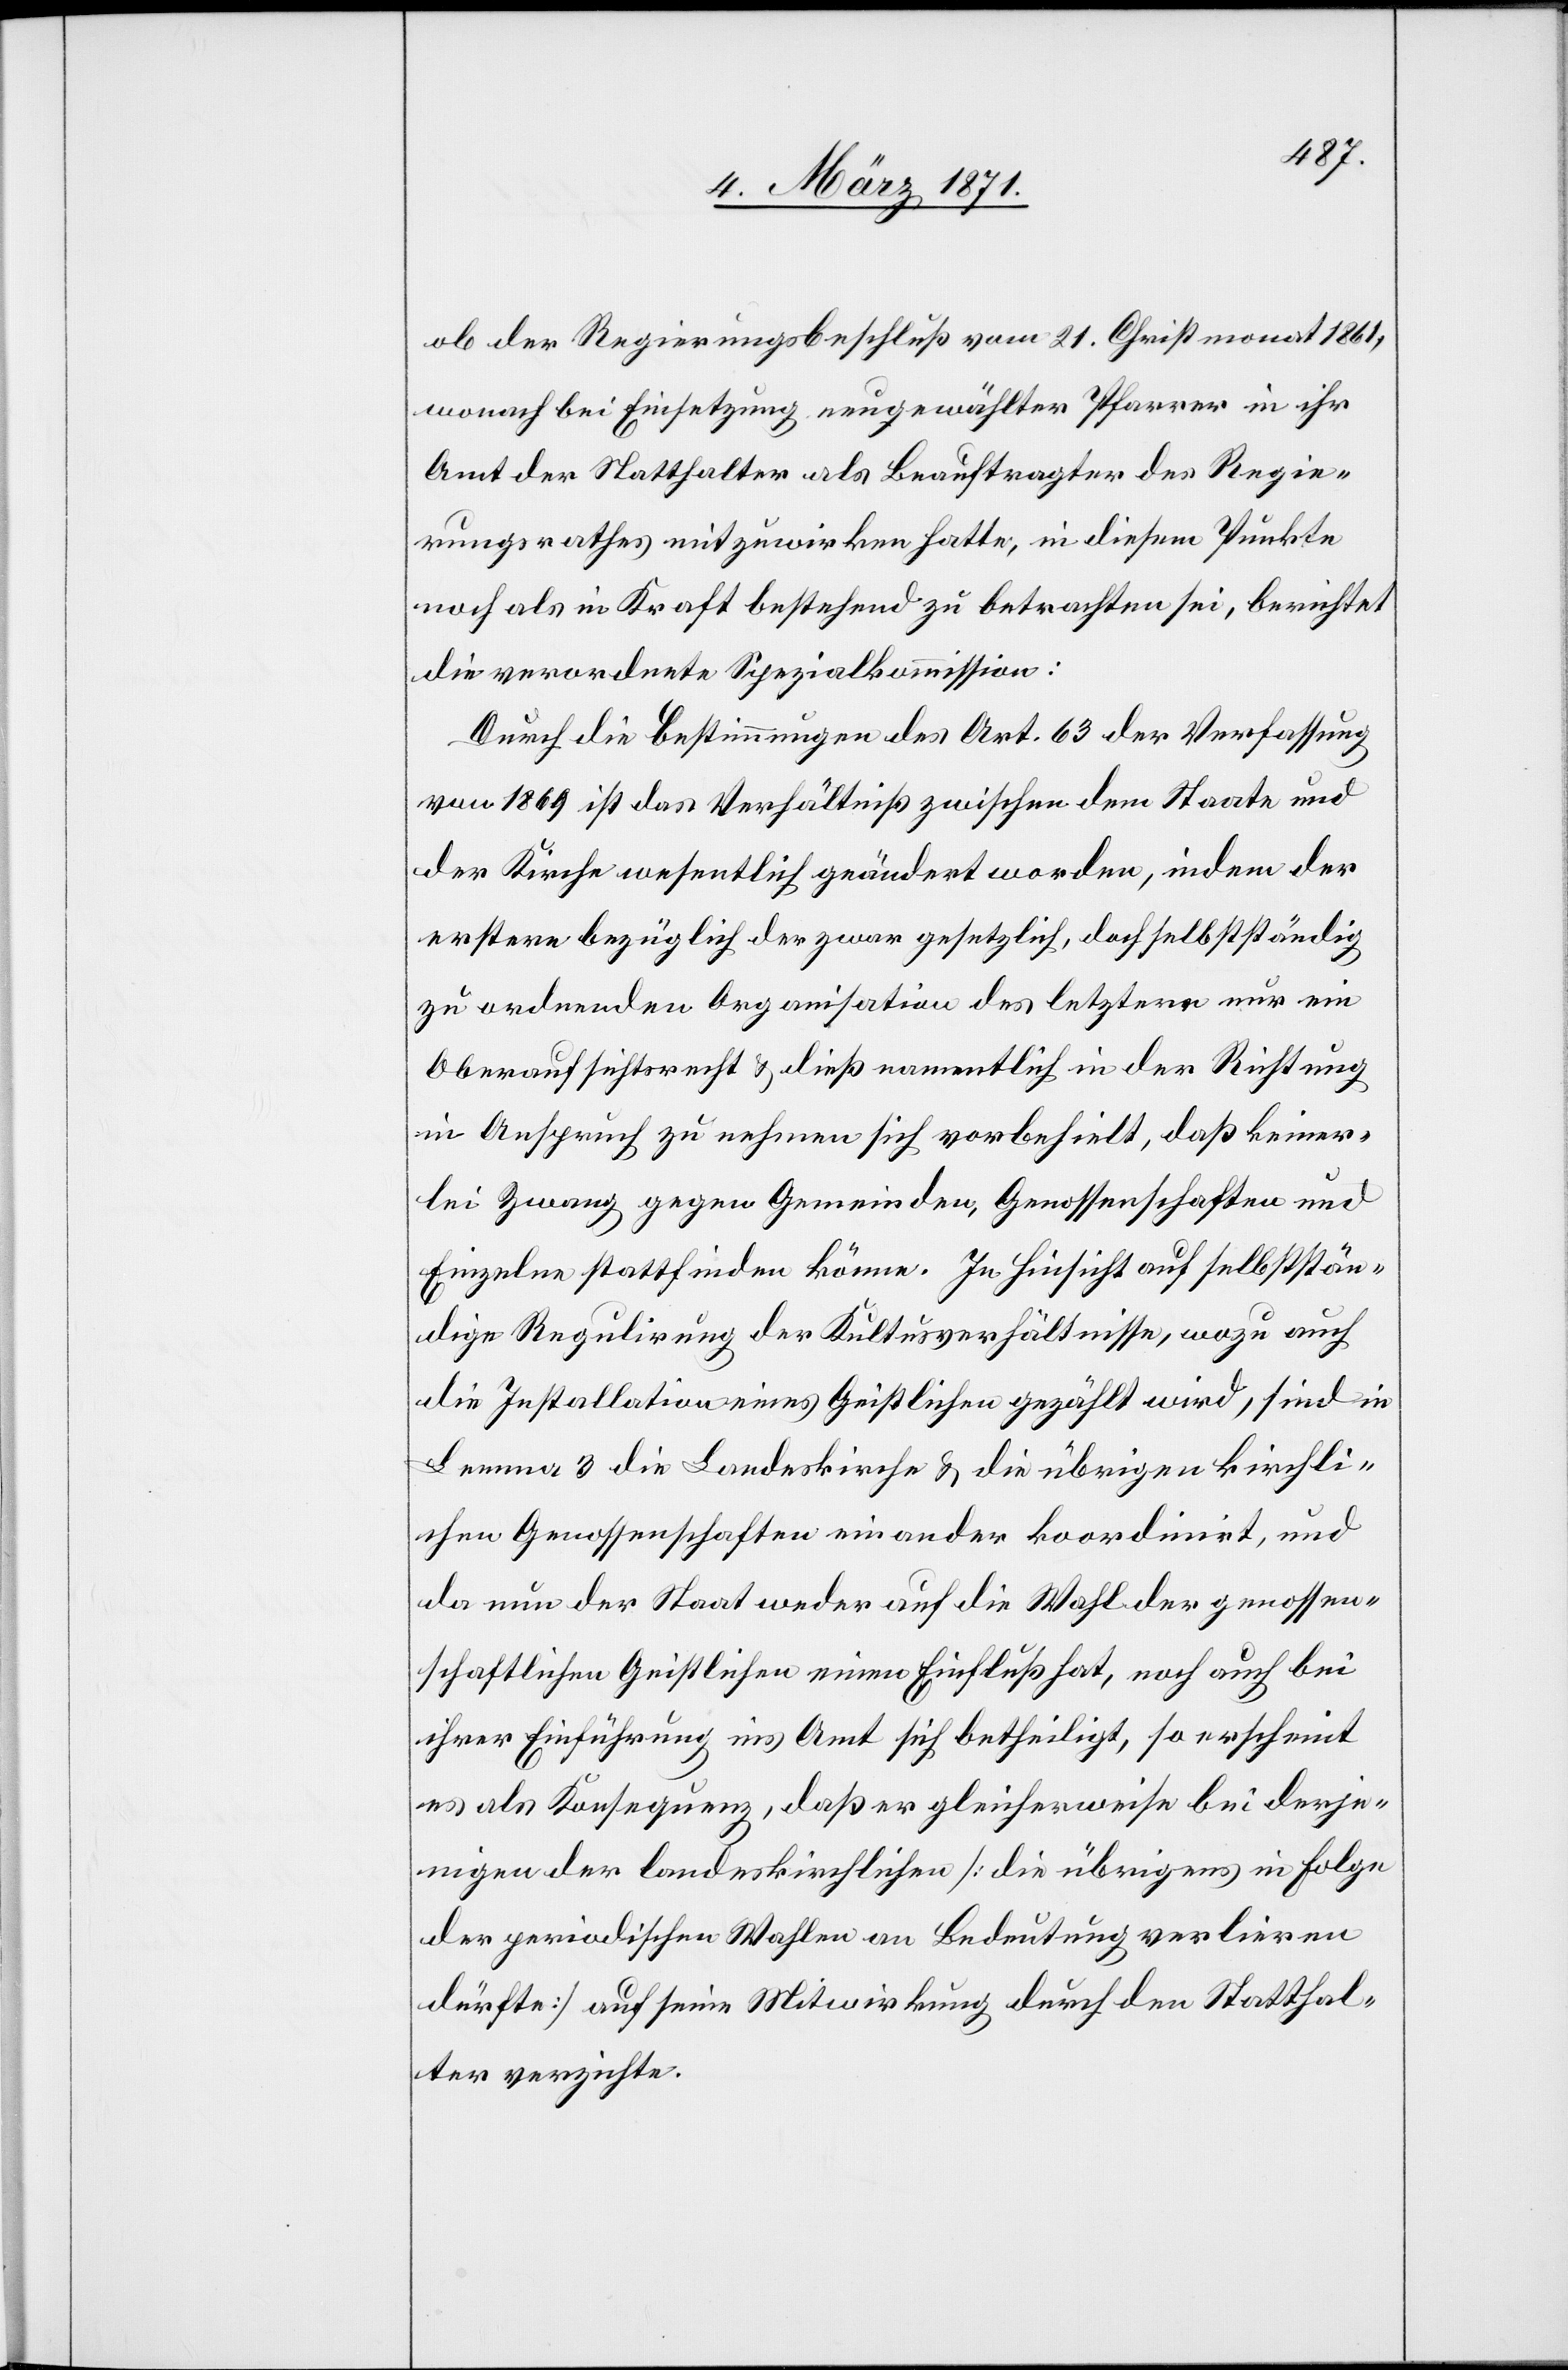
ob der Regierungsbeschluß vom 21. Christmonat 1861,
wonach bei Einsetzung neugewählter Pfarrer in ihr
Amt der Statthalter als Beauftragter des Regie¬
rungsrathes mitzuwirken hatte, in diesem Punkte
noch als in Kraft bestehend zu betrachten sei, berichtet
die verordnete Spezialkommission:
Durch die Bestimmungen des Art. 63 der Verfassung
von 1869 ist das Verhältniß zwischen dem Staate und
der Kirche wesentlich geändert worden, indem der
erstere bezüglich der zwar gesetzlich, doch selbstständig
zu ordnenden Organisation des letztern nur ein
Oberaufsichtsrecht u. dieß namentlich in der Richtung
in Anspruch zu nehmen sich vorbehielt, daß keiner¬
lei Zwang gegen Gemeinden, Genossenschaften und
Einzelne stattfinden könne. In Hinsicht auf selbststän¬
dige Regulirung der Kultusverhältnisse, wozu auch
die Installation eines Geistlichen gezählt wird, sind in
Lemma 3 die Landeskirche u. die übrigen kirchli¬
chen Genossenschaften einander koordinirt, und
da nun der Staat weder auf die Wahl der genossen¬
schaftlichen Geistlichen einen Einfluß hat, noch auch bei
ihrer Einführung ins Amt sich betheiligt, so erscheint
es als Konsequenz, daß er gleicherweise bei derje¬
nigen der landeskirchlichen [die übrigens in Folge
der periodischen Wahlen an Bedeutung verlieren
dürfte] auf seine Mitwirkung durch den Statthal¬
ter verzichte.